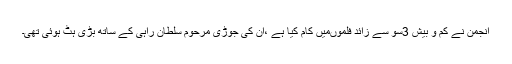
انجمن نے کم و بیش 3سو سے زائد فلموںمیں کام کیا ہے ،ان کی جوڑی مرحوم سلطان راہی کے ساتھ بڑی ہٹ ہوئی تھی۔